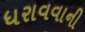
ધરાવવાની